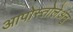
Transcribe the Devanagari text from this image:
आपोस्तोलेअनु